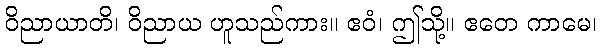
ဝိညာယာတိ၊ ဝိညာယ ဟူသည်ကား။ ဧဝံ၊ ဤသို့။ ဧတေ ကာမေ၊